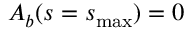
A _ { b } ( s = s _ { \operatorname* { m a x } } ) = 0